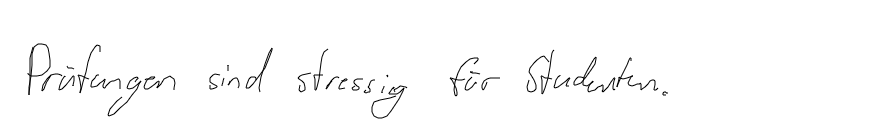
Prüfungen sind stressig für Studenten.